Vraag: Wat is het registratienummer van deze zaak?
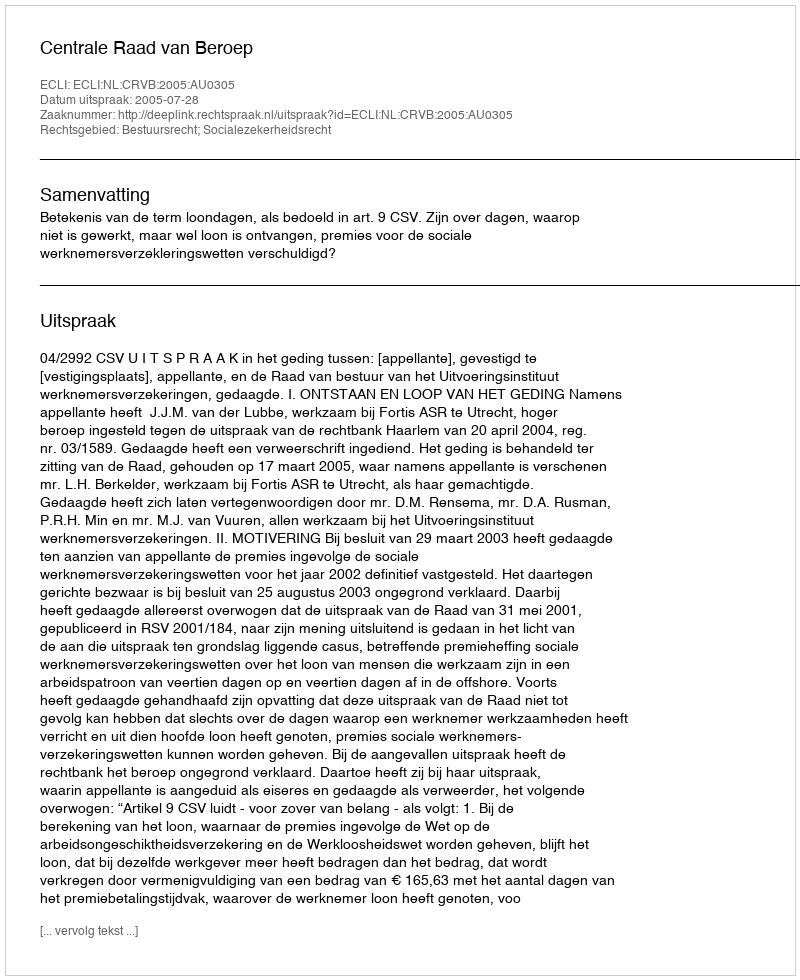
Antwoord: http://deeplink.rechtspraak.nl/uitspraak?id=ECLI:NL:CRVB:2005:AU0305